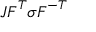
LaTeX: J { \boldsymbol { F } } ^ { T } { \boldsymbol { \sigma } } { \boldsymbol { F } } ^ { - T }